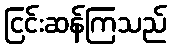
ငြင်းဆန်ကြသည်